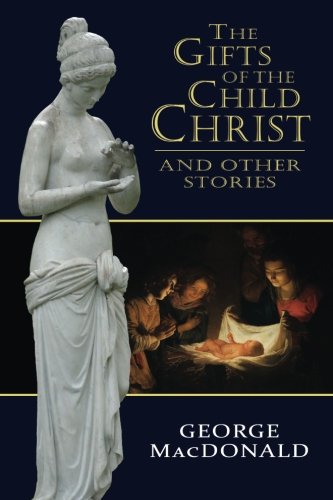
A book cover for The Gifts of the Child Christ, and Other Stories; George MacDonald; Christian Books & Bibles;